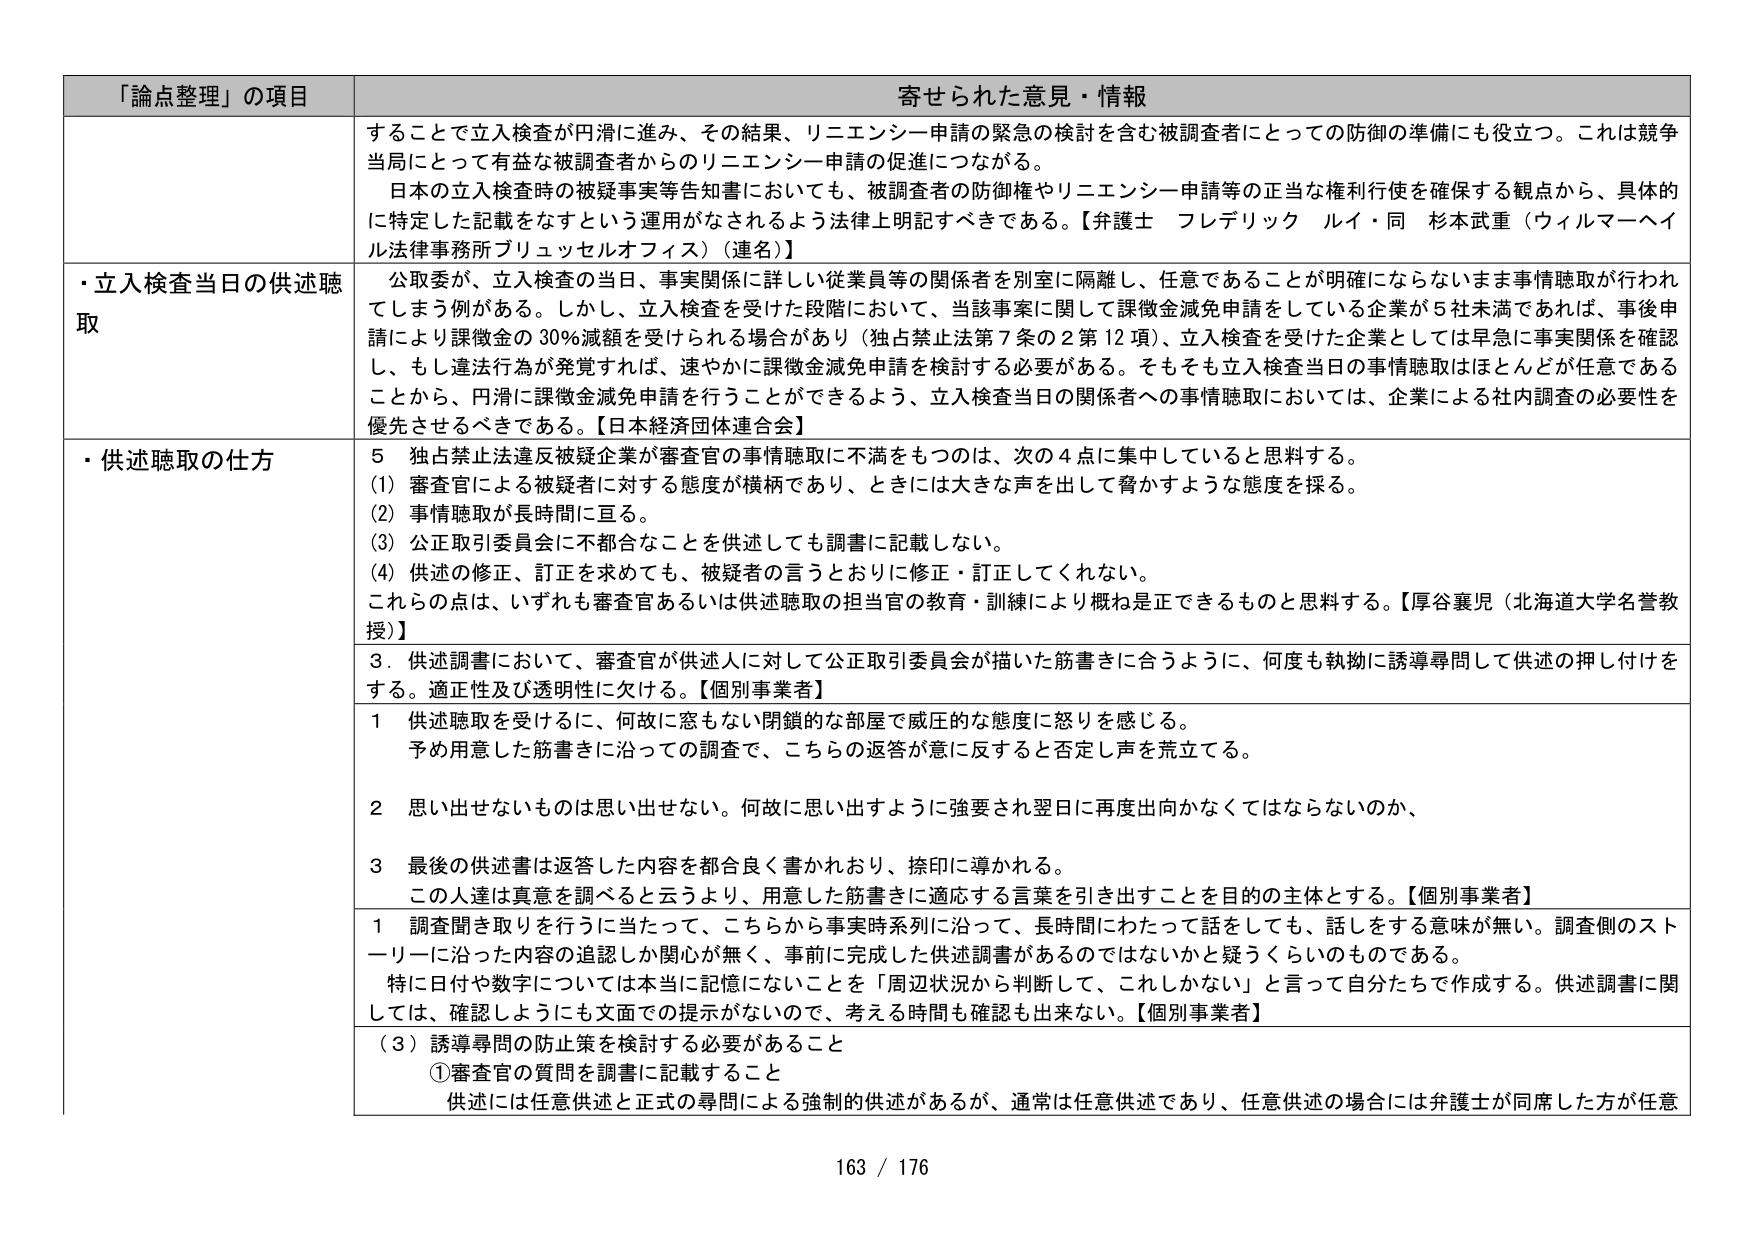
「論点整理」の項目 寄せられた意見・情報
することで立入検査が円滑に進み、その結果、リニエンシー申請の緊急の検討を含む被調査者にとっての防御の準備にも役立つ。これは競争当局にとって有益な被調査者からのリニエンシー申請の促進につながる。
日本の立入検査時の被疑事実等告知書においても、被調査者の防御権やリニエンシー申請等の正当な権利行使を確保する観点から、具体的に特定した記載をなすという運用がなされるよう法律上明記すべきである。【弁護士 フレデリック ルイ・同 杉本武重（ウィルマーヘイル法律事務所ブリュッセルオフィス）（連名）】
・立入検査当日の供述聴取 公取委が、立入検査の当日、事実関係に詳しい従業員等の関係者を別室に隔離し、任意であることが明確にならないまま事情聴取が行われてしまう例がある。しかし、立入検査を受けた段階において、当該事案に関して課徴金減免申請をしている企業が5社未満であれば、事後申請により課徴金の30％減額を受けられる場合があり（独占禁止法第7条の2第12項）、立入検査を受けた企業としては早急に事実関係を確認し、もし違法行為が発覚すれば、速やかに課徴金減免申請を検討する必要がある。そもそも立入検査当日の事情聴取はほとんどが任意であることから、円滑に課徴金減免申請を行うことができるよう、立入検査当日の関係者への事情聴取においては、企業による社内調査の必要性を優先させるべきである。【日本経済団体連合会】
・供述聴取の仕方 5 独占禁止法違反被疑企業が審査官の事情聴取に不満をもつのは、次の4点に集中していると思料する。
(1) 審査官による被疑者に対する態度が横柄であり、ときには大きな声を出して脅かすような態度を採る。
(2) 事情聴取が長時間に亘る。
(3) 公正取引委員会に不都合なことを供述しても調書に記載しない。
(4) 供述の修正、訂正を求めても、被疑者の言うとおりに修正・訂正してくれない。
これらの点は、いずれも審査官あるいは供述聴取の担当官の教育・訓練により概ね是正できるものと思料する。【厚谷襄児（北海道大学名誉教授）】
3．供述調書において、審査官が供述人に対して公正取引委員会が描いた筋書きに合うように、何度も執拗に誘導尋問して供述の押し付けをする。適正性及び透明性に欠ける。【個別事業者】
1 供述聴取を受けるに、何故に窓もない閉鎖的な部屋で威圧的な態度に怒りを感じる。
予め用意した筋書きに沿っての調査で、こちらの返答が意に反すると否定し声を荒立てる。
2 思い出せないものは思い出せない。何故に思い出すように強要され翌日に再度出向かなくてはならないのか、
3 最後の供述書は返答した内容を都合良く書かれおり、捺印に導かれる。
この人達は真意を調べると言うより、用意した筋書きに適応する言葉を引き出すことを目的の主体とする。【個別事業者】
1 調査聞き取りを行うに当たって、こちらから事実時系列に沿って、長時間にわたって話をしても、話しをする意味が無い。調査側のストーリーに沿った内容の追認しか関心が無く、事前に完成した供述調書があるのではないかと疑うくらいのものである。
特に日付や数字については本当に記憶にないことを「周辺状況から判断して、これしかない」と言って自分たちで作成する。供述調書に関しては、確認しようにも文面での提示がないので、考える時間も確認も出来ない。【個別事業者】
（3）誘導尋問の防止策を検討する必要があること
①審査官の質問を調書に記載すること
供述には任意供述と正式の尋問による強制的供述があるが、通常は任意供述であり、任意供述の場合には弁護士が同席した方が任意
163 / 176